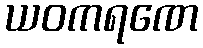
ယဝကရဏေ